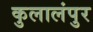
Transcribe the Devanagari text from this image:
कुलालंपुर